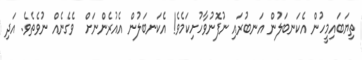
ތިޔަބައިމީހުން އެކަނބަލުން އަނބުރައި ނުފޮނުވާހުށިކަމެވެ! އެކަނބަލުން އެއުރެންނަށް  ވެގެނެއް ނުވެތެވެ. އަދި